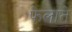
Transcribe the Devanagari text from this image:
फेलाते